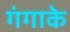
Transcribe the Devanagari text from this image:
गंगाके